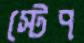
স্টেপ